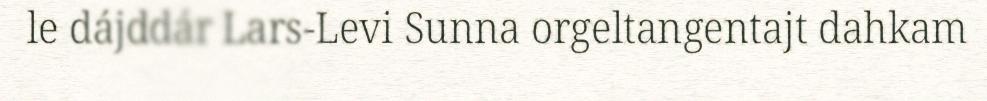
le dájddár Lars-Levi Sunna orgeltangentajt dahkam